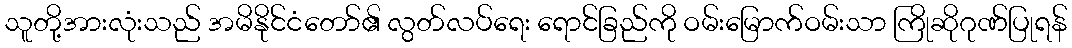
သူတို့အားလုံးသည် အမိနိုင်ငံတော်၏ လွတ်လပ်ရေး ရောင်ခြည်ကို ဝမ်းမြောက်ဝမ်းသာ ကြိုဆိုဂုဏ်ပြုရန်